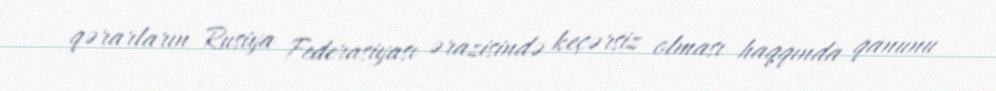
qərarların Rusiya Federasiyası ərazisində keçərsiz olması haqqında qanunu